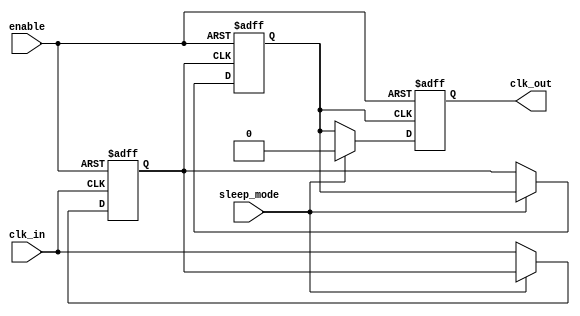
module low_power_clock_buffer (
    input wire clk_in,          // Input clock signal
    input wire enable,          // Enable signal for the buffer
    input wire sleep_mode,      // Sleep mode signal
    output reg clk_out          // Buffered clock output
);

// Internal signals for buffering
reg clk_stage1;
reg clk_stage2;

// Buffering stages
always @(posedge clk_in or negedge enable) begin
    if (!enable) begin
        clk_stage1 <= 1'b0; // Disable output when not enabled
    end else if (!sleep_mode) begin
        clk_stage1 <= clk_in; // Buffer the input clock
    end
end

always @(posedge clk_stage1 or negedge enable) begin
    if (!enable) begin
        clk_stage2 <= 1'b0; // Disable output when not enabled
    end else if (!sleep_mode) begin
        clk_stage2 <= clk_stage1; // Second stage buffering
    end
end

// Final output stage
always @(posedge clk_stage2 or negedge enable) begin
    if (!enable) begin
        clk_out <= 1'b0; // Disable output when not enabled
    end else if (!sleep_mode) begin
        clk_out <= clk_stage2; // Output the buffered clock
    end else begin
        clk_out <= 1'b0; // In sleep mode, output is low
    end
end

endmodule